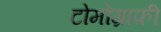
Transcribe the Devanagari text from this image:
टोमोग्राफ़ी